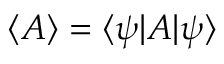
\langle A \rangle = \langle \psi | A | \psi \rangle